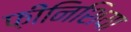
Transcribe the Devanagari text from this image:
फ़ीनिशिया